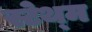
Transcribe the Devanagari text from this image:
स्टेथ्म